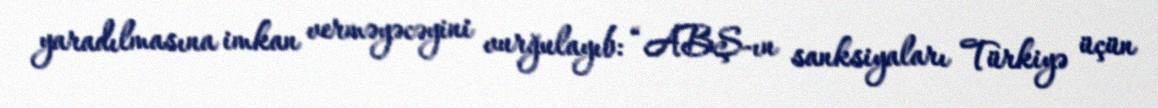
yaradılmasına imkan verməyəcəyini vurğulayıb: “ABŞ-ın sanksiyaları Türkiyə üçün